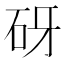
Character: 砑